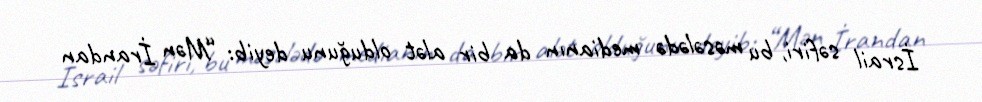
İsrail səfiri, bu məsələdə medianın da bir alət olduğunu deyib: “Mən İrandan